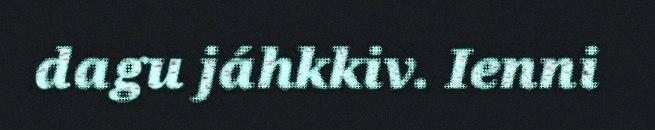
dagu jáhkkiv. Ienni